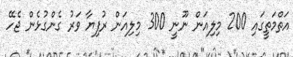
އަތްމަތީގައި 200 މިލިއަން ނޫނީ 300 މިލިއަން ރުފިޔާ ވަރު ގެންގުޅެން ޖެހޭ